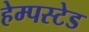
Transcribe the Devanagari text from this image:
हेम्पस्टेड